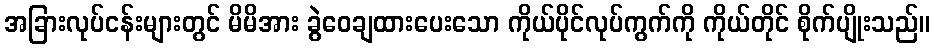
အခြားလုပ်ငန်းများတွင် မိမိအား ခွဲဝေချထားပေးသော ကိုယ်ပိုင်လုပ်ကွက်ကို ကိုယ်တိုင် စိုက်ပျိုးသည်။